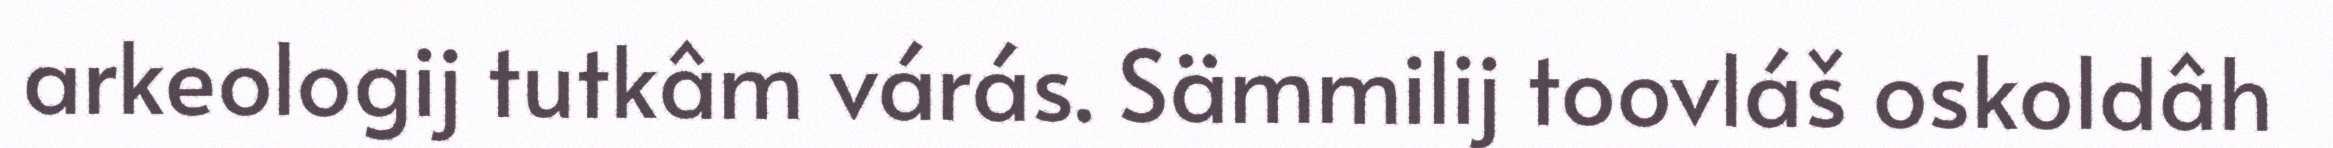
arkeologij tutkâm várás. Sämmilij toovláš oskoldâh